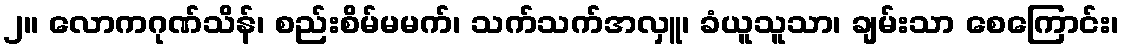
၂။ လောကဂုဏ်သိန်၊ စည်းစိမ်မမက်၊ သက်သက်အလှူ၊ ခံယူသူသာ၊ ချမ်းသာ စေကြောင်း၊